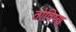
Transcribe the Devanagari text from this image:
तोविष्णु